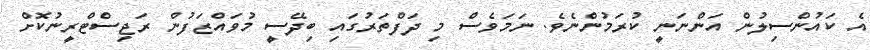
އެ ކައުންސިލުން އަންނަނީ ކުރަމުންނެވެ. ނަމަވެސް މި ދަފްތަރުގައި ބިދޭސީ މުވައްޒަފުން ރަޖިސްޓްރީނުކޮށް